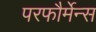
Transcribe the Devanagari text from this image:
परफौर्मेन्स